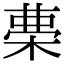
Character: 𣓝